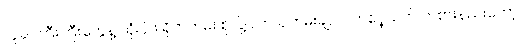
လူခပ်ကြီးကြီးတွေနဲ့ သုံးပုံဖဲ ရိုက်တမ်း စုံလို့ပါဘဲ၊ နဘမ်းချ, လက်ဝှေ့သတ် ကစားနည်းတော့